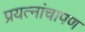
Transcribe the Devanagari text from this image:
प्रयत्नांचापण